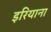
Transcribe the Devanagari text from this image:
इरियाना